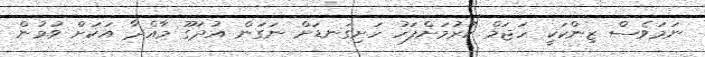
ނަމަވެސް ޒިންކަކީ ހަޖަމް ކުރުމަށްފަހު ހަށިގަނޑަށް ނަގަން އުދަގޫ މާއްދާ އަކަށް ވުމުން